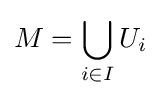
M=\bigcup _{i\in I}U_{i}